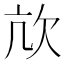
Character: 㰠